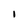
Character: I